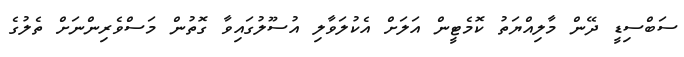
ސަބްސިޑީ ދޭން މާލިއްޔަތު ކޮމެޓީން އަލަށް އެކުލަވާލި އުސޫލުގައިވާ ގޮތުން މަސްވެރިންނަށް ތެލުގެ